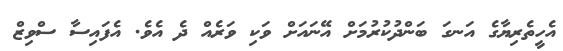
އެހީތެރިޔާގެ އަނގަ ބަންދުކުރުމަށް އޭނައަށް ވަކި ވަރެއް ދެ އެވެ. އެފައިސާ ސްވިޒް